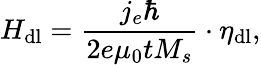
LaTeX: H_{\mathrm{dl}}=\frac{j_{e}\hbar}{2e\mu_{0}tM_{s}}\cdot\eta_{\mathrm{dl}},